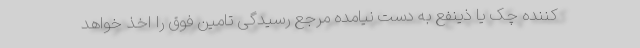
کننده چک یا ذینفع به دست نیامده مرجع رسیدگی تامین فوق را اخذ خواهد